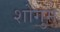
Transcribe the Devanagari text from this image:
शोगुम